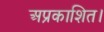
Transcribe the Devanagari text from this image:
अप्रकाशित।